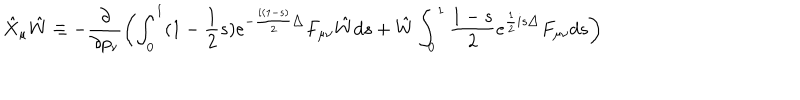
\hat { X } _ { \mu } \hat { W } \equiv - \frac { \partial } { \partial p _ { \nu } } \left( \int _ { 0 } ^ { 1 } ( 1 - \frac { 1 } { 2 } s ) e ^ { - \frac { i ( 1 - s ) } { 2 } \bigtriangleup } F _ { \mu \nu } \hat { W } d s + \hat { W } \int _ { 0 } ^ { 1 } \frac { 1 - s } { 2 } e ^ { \frac { 1 } { 2 } i s \bigtriangleup } F _ { \mu \nu } d s \right)